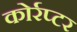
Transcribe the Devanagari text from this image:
कोर्रप्टर